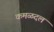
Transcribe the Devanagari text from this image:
कमळदल